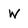
Character: W